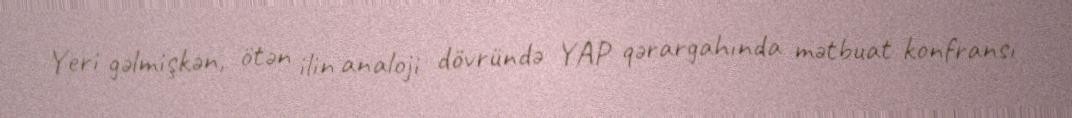
Yeri gəlmişkən, ötən ilin analoji dövründə YAP qərargahında mətbuat konfransı